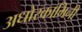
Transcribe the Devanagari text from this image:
अधोरकामिनी